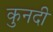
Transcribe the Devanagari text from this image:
कुनदी